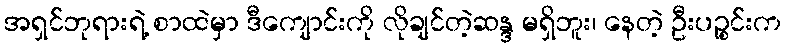
အရှင်ဘုရားရဲ့ စာထဲမှာ ဒီကျောင်းကို လိုချင်တဲ့ဆန္ဒ မရှိဘူး၊ နေတဲ့ ဦးပဉ္စင်းက